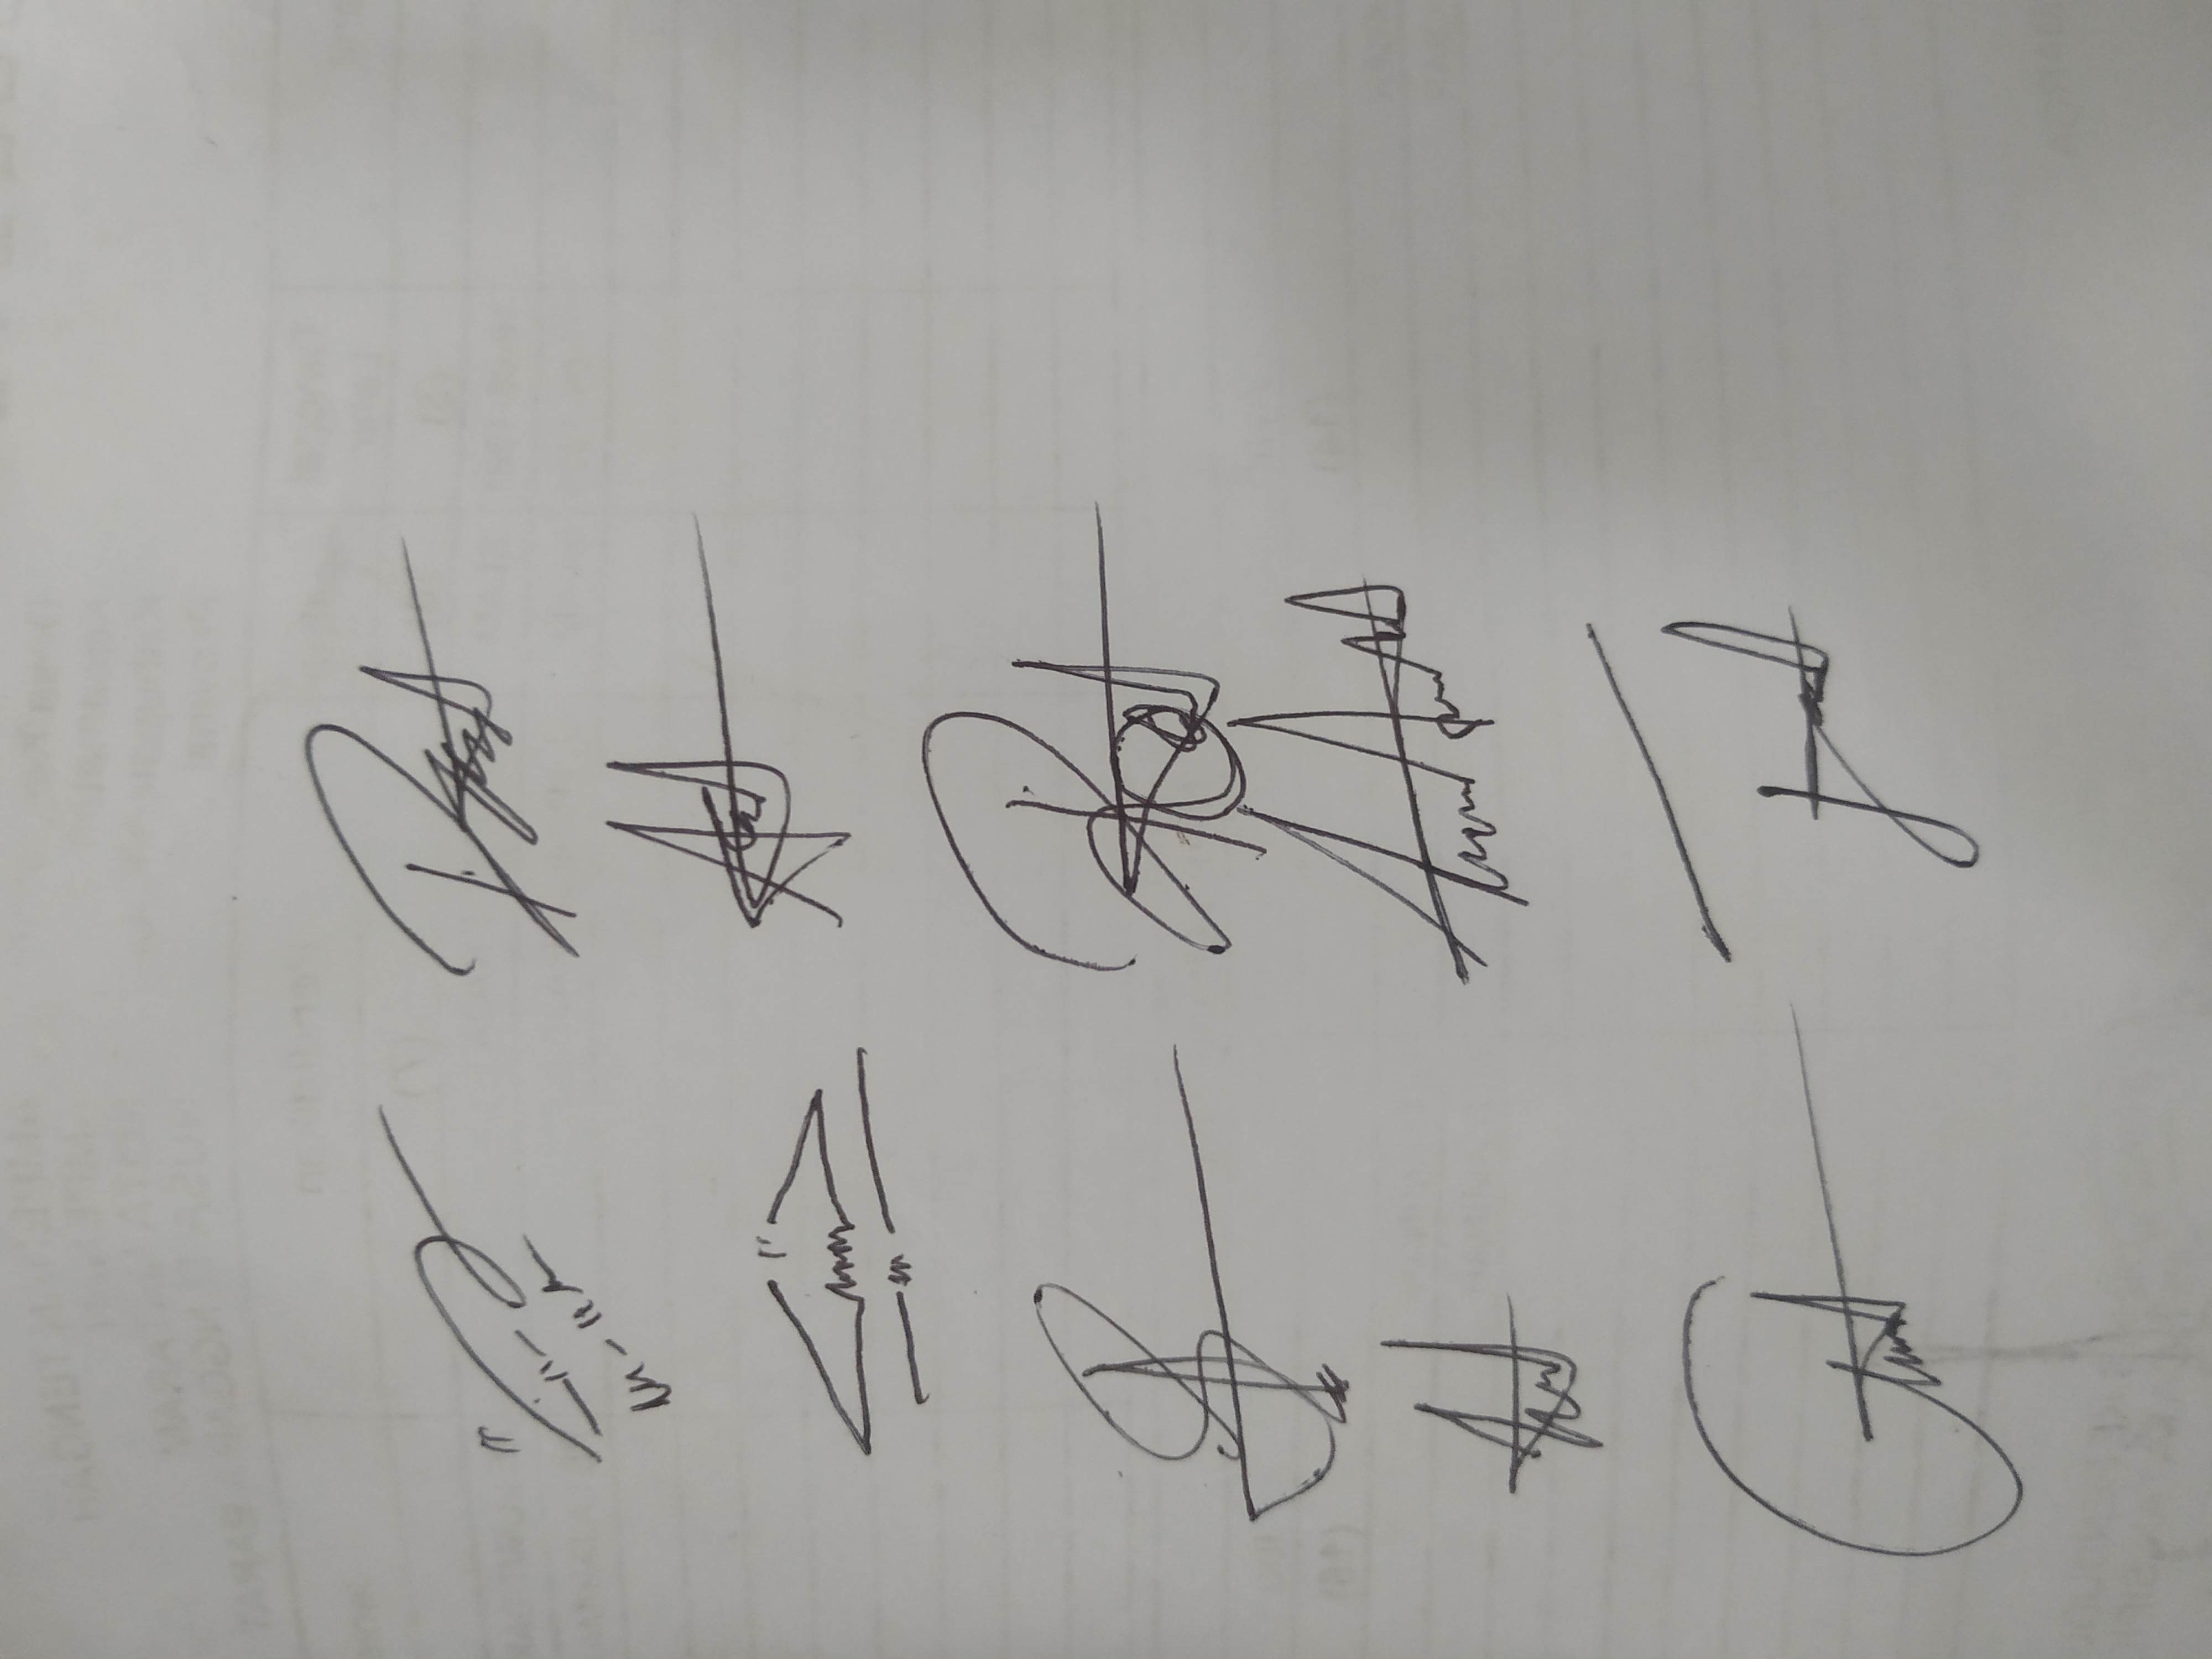
Signature authenticity: genuine